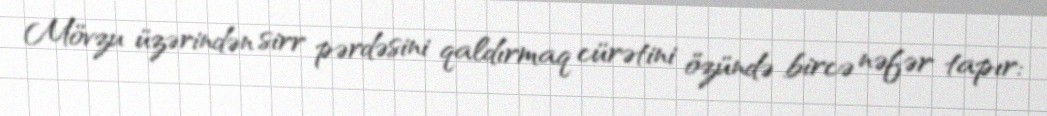
Mövzu üzərindən sirr pərdəsini qaldırmaq cürətini özündə bircə nəfər tapır: